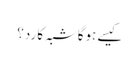
کیسے ہوگاشبہ کا رد؟